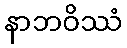
နာဘဝိဿံ